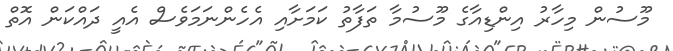
މޫސުން މިހާރު އިންޑިއާގެ މޫސުމާ ތަފާތު ކަމަށާއި އެހެންނަމަވެސް އެއީ ދައްކަން އޮތް